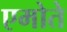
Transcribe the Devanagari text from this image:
एमोते